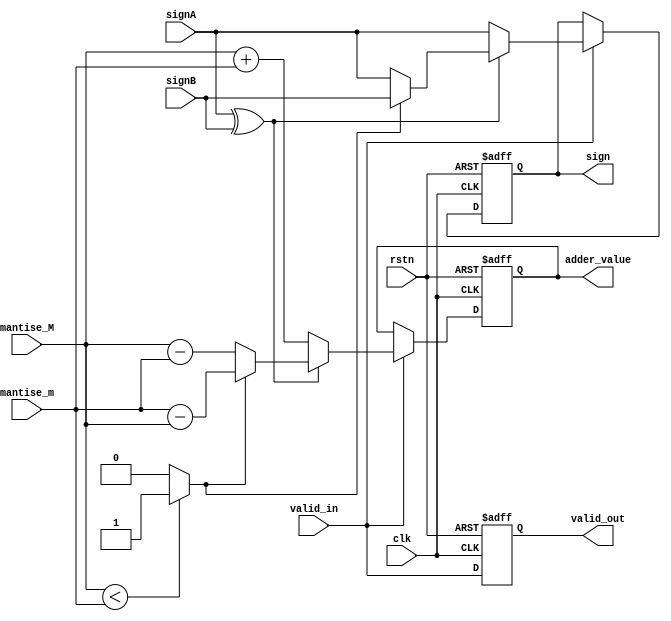
`timescale 1ns / 1ps
//////////////////////////////////////////////////////////////////////////////////
// Company: 
// Engineer: 
// 
// Design Name: 
// Module Name: adder_sub_for_floating_point32
// Project Name: 
// Target Devices: 
// Tool Versions: 
// Description: 
// 
// Dependencies: 
// 
// Revision:
// Revision 0.01 - File Created
// Additional Comments:
// 
//////////////////////////////////////////////////////////////////////////////////


//module adder_sub_for_floating_point32 // 1 CLOCK
//(
////    input               clk, rstn, valid_in,
////    input               swap, signA, signB,
////    input   [23:0]      mantise_M, mantise_m,
////    output              valid_out, sign,
////    output  [24:0]      adder_value 
//    input               clk, rstn, valid_in_init,
//    input               swap_init, signA_init, signB_init,
//    input   [23:0]      mantise_M_init, mantise_m_init,
//    output              valid_out, sign,
//    output  [24:0]      adder_value 
//);

//    reg                  valid_in, swap, signA, signB;
//    reg   [23:0]         mantise_M, mantise_m;    
    
//    always @ (posedge clk or negedge rstn) begin
//        if (!rstn) begin
//                valid_in    <=  'b0;
//                swap        <=  'b0;
//                signA       <=  'b0;
//                signB       <=  'b0;
//                mantise_M   <=  'b0;
//                mantise_m   <=  'b0;   
//        end
//        else begin
//            valid_in<=  valid_in_init;
//            if (valid_in_init) begin
//                valid_in    <=  valid_in_init;
//                swap        <=  swap_init;
//                signA       <=  signA_init;
//                signB       <=  signB_init;
//                mantise_M   <=  mantise_M_init;
//                mantise_m   <=  mantise_m_init;   
//            end
//            else begin
//                valid_in    <=  valid_in;
//                swap        <=  swap;
//                signA       <=  signA;
//                signB       <=  signB;
//                mantise_M   <=  mantise_M;
//                mantise_m   <=  mantise_m; 
//            end
//        end
//    end


//    wire                checkSign, checkMantise, controlAdder; 
//    reg                 valid_temp, sign_temp;
//    reg     [24:0]      temp_adder_value;
    
////    assign  checkSign           =   ((~swap & signA) | (swap & signB)); // KARNAUGH
//    assign  checkSign           =   swap?   signB : signA;
//    assign  controlAdder        =   signA ^ signB;
//    assign  checkMantise        =   (mantise_M<mantise_m)? 1'b1 : 1'b0;
    
//    always @ (posedge clk or negedge rstn) begin
//        if(!rstn) begin
//            valid_temp          <=  'b0;
//            temp_adder_value    <=  'b0;
//            sign_temp           <=  'b0;
//        end
//        else begin
//            //--- STAGE 4
//            valid_temp    <=  valid_in;
//            if (valid_in) begin
//                sign_temp   <= checkSign;
//                if (controlAdder)
//                    if (checkMantise)
//                        temp_adder_value    <= {1'b0, mantise_m}  - {1'b0, mantise_M};
//                    else    
//                        temp_adder_value    <= {1'b0, mantise_M}  - {1'b0, mantise_m};
//                else
//                    temp_adder_value    <= {1'b0, mantise_m}  + {1'b0, mantise_M};         
//            end
//            else begin
//                sign_temp    <=  sign_temp;
//                temp_adder_value     <=  temp_adder_value;
//            end
//        end
//    end
    
//    assign  valid_out   =   valid_temp;
//    assign  sign        =   sign_temp;
//    assign  adder_value =   temp_adder_value;
    
//endmodule



module adder_sub_for_floating_point32 // 1 CLOCK
(
    input               clk, rstn, valid_in,
    input               signA, signB,
    input   [23:0]      mantise_M, mantise_m,
    output              valid_out, sign,
    output  [24:0]      adder_value 
//    input               clk, rstn, valid_in_init,
//    input               signA_init, signB_init,
//    input   [23:0]      mantise_M_init, mantise_m_init,
//    output              valid_out, sign,
//    output  [24:0]      adder_value 
);

//    reg                  valid_in, signA, signB;
//    reg   [23:0]         mantise_M, mantise_m;    
    
//    always @ (posedge clk or negedge rstn) begin
//        if (!rstn) begin
//                valid_in    <=  'b0;
//                signA       <=  'b0;
//                signB       <=  'b0;
//                mantise_M   <=  'b0;
//                mantise_m   <=  'b0;   
//        end
//        else begin
//            valid_in<=  valid_in_init;
//            if (valid_in_init) begin
//                signA       <=  signA_init;
//                signB       <=  signB_init;
//                mantise_M   <=  mantise_M_init;
//                mantise_m   <=  mantise_m_init;   
//            end
//            else begin
//                signA       <=  signA;
//                signB       <=  signB;
//                mantise_M   <=  mantise_M;
//                mantise_m   <=  mantise_m; 
//            end
//        end
//    end


    wire                signCal, lessThan, different; 
    wire    [24:0]      addAB, subAB, subBA;
    reg                 valid_temp, sign_temp;
    reg     [24:0]      temp_adder_value;
    
    assign  different       =   signA ^ signB;
    assign  lessThan        =   ({1'b0, mantise_M} < {1'b0, mantise_m})? 1'b1 : 1'b0;
    assign  signCal         =   (different)? ((lessThan)? signB : signA) : signA;  
    
    assign  addAB           =   {1'b0, mantise_M} + {1'b0, mantise_m};
    assign  subAB           =   {1'b0, mantise_M} - {1'b0, mantise_m};
    assign  subBA           =   {1'b0, mantise_m} - {1'b0, mantise_M};
    
    always @ (posedge clk or negedge rstn) begin
        if(!rstn) begin
            valid_temp          <=  'b0;
            temp_adder_value    <=  'b0;
            sign_temp           <=  'b0;
        end
        else begin
            //--- STAGE 4
            valid_temp    <=  valid_in;
            if (valid_in) begin
                sign_temp   <= signCal;
                if (!different) begin
                    temp_adder_value      =   addAB;
                end
                else begin
                    if (lessThan)
                        temp_adder_value  =   subBA;
                    else
                        temp_adder_value  =   subAB;
                end        
            end
            else begin
                sign_temp           <=  sign_temp;
                temp_adder_value    <=  temp_adder_value;
            end
        end
    end
    
    assign  valid_out   =   valid_temp;
    assign  sign        =   sign_temp;
    assign  adder_value =   temp_adder_value;
    
endmodule